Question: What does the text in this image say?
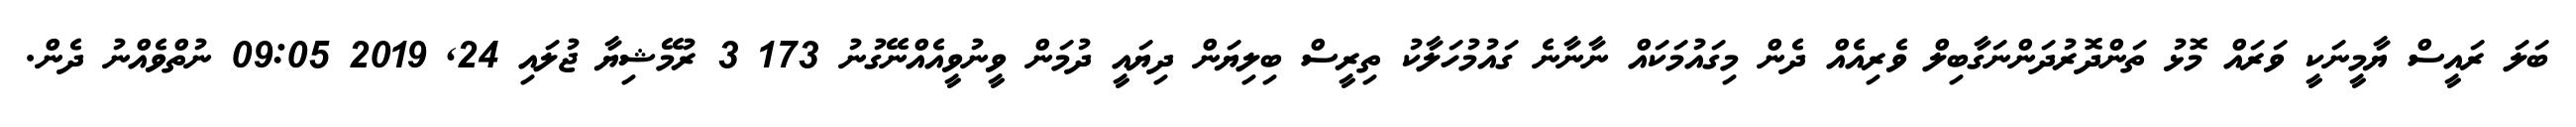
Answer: ބަލަ ރައީސް ޔާމީނަކީ ވަރައް މޮޅު ތަންދޮރުދަންނަގާބިލް ވެރިއެއް ދެން މިގައުމަކައް ނާނާނެ ގައުމުހަލާކު ތިރީސް ބިލިޔަން ދިޔައީ ދުމަން ވީނުވީއެއްނޭގުނު 173 3 ރުމޭޝިޔާ ޖުލައި 24, 2019 09:05 ނުތްވެއްނު ދެން.